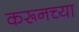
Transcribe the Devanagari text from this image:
करूनच्या